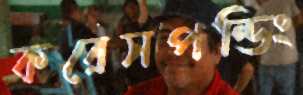
করেসপন্ডিং